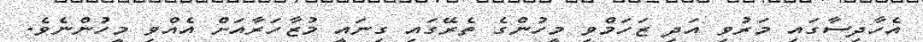
އެހާދިސާގައި މަރުވި އަދި ޒަހަމްވި މީހުންގެ ތެރޭގައި ގިނައީ މުޒާހަރާއަށް އެއްވި މީހުންނެވެ.